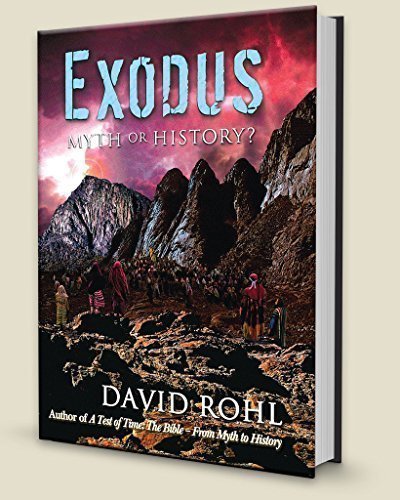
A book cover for Exodus EE Myth or History?; David Rohl; Science & Math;